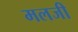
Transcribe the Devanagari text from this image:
मलजी